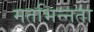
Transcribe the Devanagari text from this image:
मतभिन्‍नता